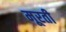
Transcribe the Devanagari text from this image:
मूरती